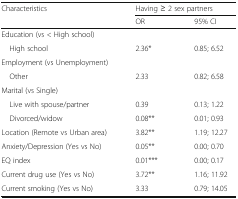
<table><thead><tr><td rowspan="2"><b>Characteristics</b></td><td colspan="2"><b>Having ≥ 2 sex partners</b></td></tr><tr><td><b>OR</b></td><td><b>95% CI</b></td></tr></thead><tbody><tr><td colspan="3">Education (vs &lt; High school)</td></tr><tr><td> High school</td><td>2.36*</td><td>0.85; 6.52</td></tr><tr><td colspan="3">Employment (vs Unemployment)</td></tr><tr><td> Other</td><td>2.33</td><td>0.82; 6.58</td></tr><tr><td colspan="3">Marital (vs Single)</td></tr><tr><td> Live with spouse/partner</td><td>0.39</td><td>0.13; 1.22</td></tr><tr><td> Divorced/widow</td><td>0.08**</td><td>0.01; 0.93</td></tr><tr><td>Location (Remote vs Urban area)</td><td>3.82**</td><td>1.19; 12.27</td></tr><tr><td>Anxiety/Depression (Yes vs No)</td><td>0.05**</td><td>0.00; 0.70</td></tr><tr><td>EQ index</td><td>0.01***</td><td>0.00; 0.17</td></tr><tr><td>Current drug use (Yes vs No)</td><td>3.72**</td><td>1.16; 11.92</td></tr><tr><td>Current smoking (Yes vs No)</td><td>3.33</td><td>0.79; 14.05</td></tr></tbody></table>